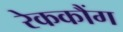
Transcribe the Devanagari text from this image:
रेककौंग